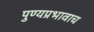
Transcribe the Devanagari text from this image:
पुण्यप्रभावाच